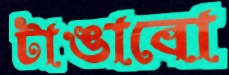
টাঙাবো